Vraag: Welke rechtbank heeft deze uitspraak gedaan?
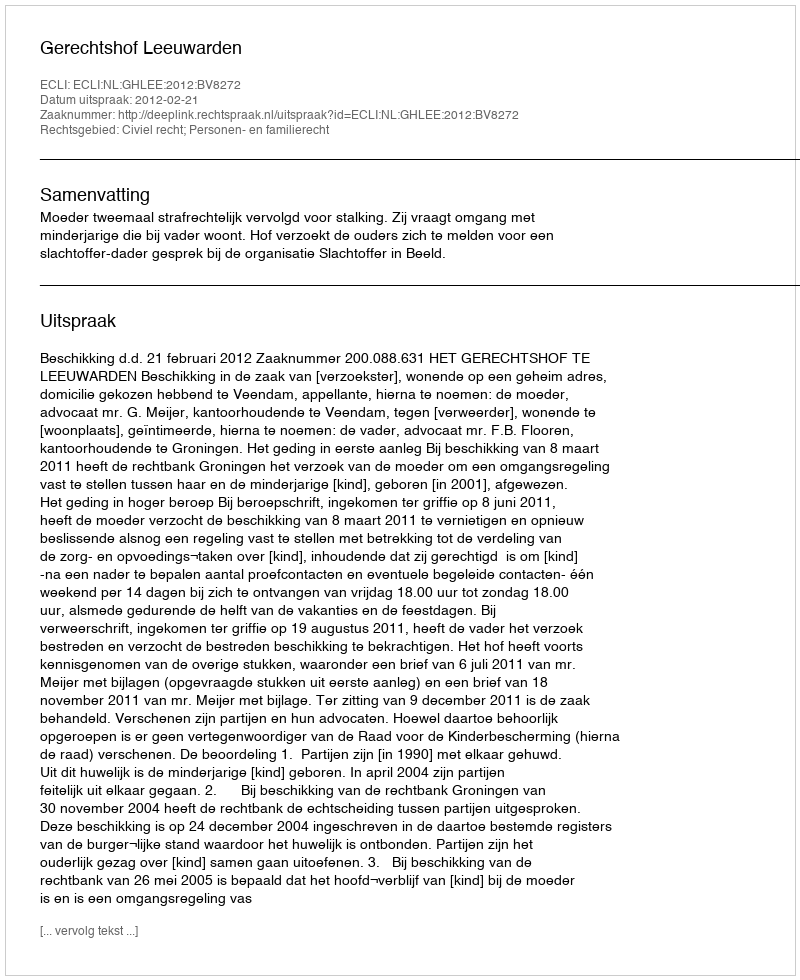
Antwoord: Gerechtshof Leeuwarden